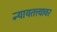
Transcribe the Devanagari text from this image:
न्यायतत्त्वावर